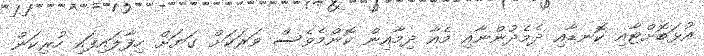
އުޅަބޮށްޓާއި ކޮނޑާއި ދެމެދުންނާއި މެއާ ދިމާއިން ކޮންމެވެސް ވަރަކަށް ގަޔަށް ހިފާލައިފައި ހުރިކަން